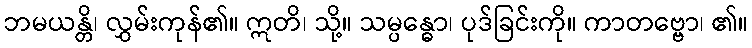
ဘမယန္တိ၊ လွှမ်းကုန်၏။ ဣတိ၊ သို့။ သမ္ပန္ဓော၊ ပုဒ်ခြင်းကို။ ကာတဗ္ဗော၊ ၏။